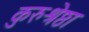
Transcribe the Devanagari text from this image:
कुरुश्रेष्ठा